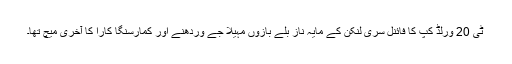
ٹی 20 ورلڈ کپ کا فائنل سری لنکن کے مایہ ناز بلے بازوں مہیلا جے وردھنے اور کمارسنگا کارا کا آخری میچ تھا۔